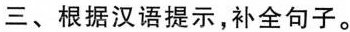
三、根据汉语提示，补全句子。